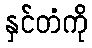
နှင်တံကို